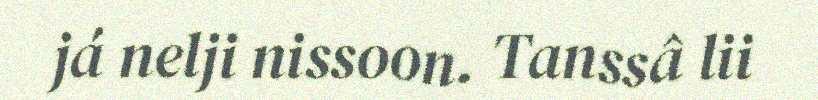
já nelji nissoon. Tanssâ lii